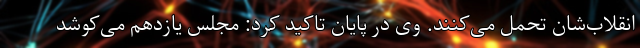
انقلاب‌شان تحمل می‌کنند. وی در پایان تاکید کرد: مجلس یازدهم می‌کوشد